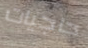
حاجيات